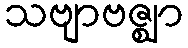
သဗျာဗဇ္ဈာ